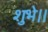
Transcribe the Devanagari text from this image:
शुभे।।